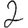
Digit: 2